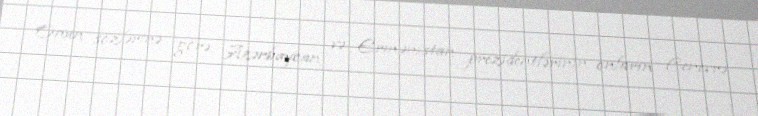
Onun sözlərinə görə, Azərbaycan və Ermənistan prezidentlərinin onların Cenevrə